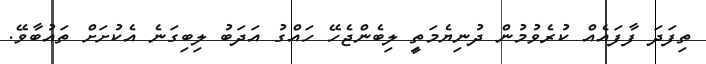
ތިފަދަ ފާފައެއް ކުރެވުމުން ދުނިޔެމަތީި ލިބެންޖެހޭ ހައްގު އަދަބު ލިބިގަނެ އެކުށަށް ތައުބާވޭ.